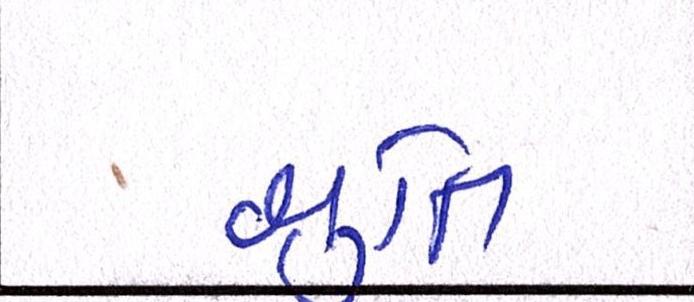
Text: શ્રુતિ